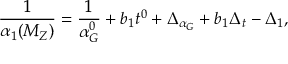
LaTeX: \frac { 1 } { \alpha _ { 1 } ( M _ { Z } ) } = \frac { 1 } { \alpha _ { G } ^ { 0 } } + b _ { 1 } t ^ { 0 } + \Delta _ { \alpha _ { G } } + b _ { 1 } \Delta _ { t } - \Delta _ { 1 } ,